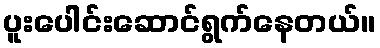
ပူးပေါင်းဆောင်ရွက်နေတယ်။